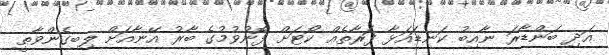
އަދި ބަންޑާރަ ނާއިބު ކަނޑައަޅާ ފަރާތެއް ކޯޓަށް ފޮނުވުމުގެ ބާރު އޭނާއަށް ލިބިގެންވާތީ